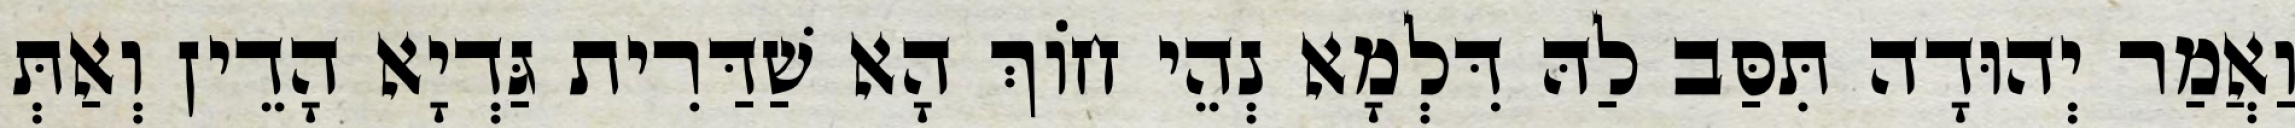
וַאֲמַר יְהוּדָה תִּסַּב לַהּ דִּלְמָא נְהֵי חוֹךְ הָא שַׁדַּרִית גַּדְיָא הָדֵין וְאַתְּ